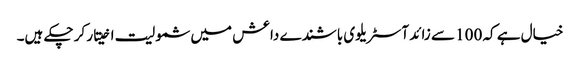
خیال ہے کہ 100 سے زائد آسٹریلوی باشندے داعش میں شمولیت اخیتار کر چکے ہیں۔